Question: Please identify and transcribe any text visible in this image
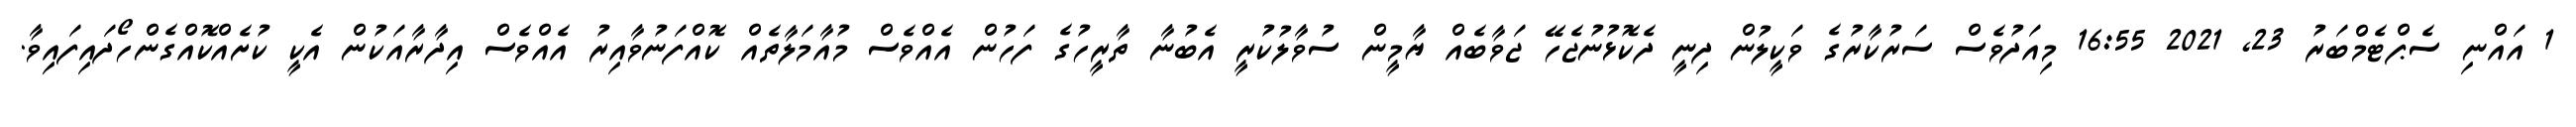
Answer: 1 އައްނި ސެޕްޓެމްބަރު 23, 2021 16:55 މިއަދުވެސް ސަރުކާރުގެ ވަކީލުން ދިނީ ދެކޮޅުނުޖެހޭ ޖަވާބެއް ޔާމީން ސުވާލުކުރީ އެބުނާ ތާރީހުގެ ފަހުން އެއްވެސް މުއާމަލާތެއް ކޮއްފަނުވާއިރު އެއްވެސް އިދާރާއަކުން އެކީ ކުށެއްކޮއްގެންހޯދައިފައިވާ.